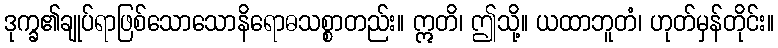
ဒုက္ခ၏ချုပ်ရာဖြစ်သောသောနိရောဓသစ္စာတည်း။ ဣတိ၊ ဤသို့။ ယထာဘူတံ၊ ဟုတ်မှန်တိုင်း။